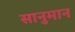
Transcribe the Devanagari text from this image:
सानुमान